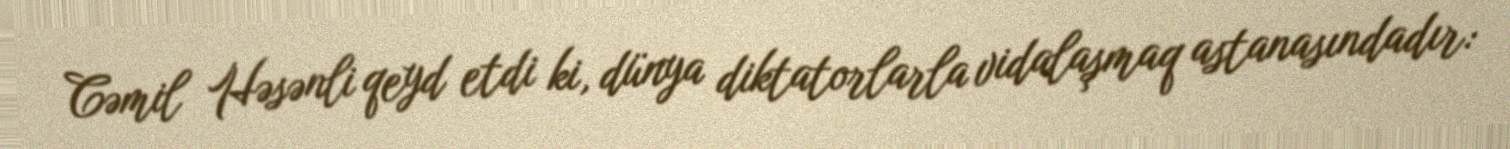
Cəmil Həsənli qeyd etdi ki, dünya diktatorlarla vidalaşmaq astanasındadır: